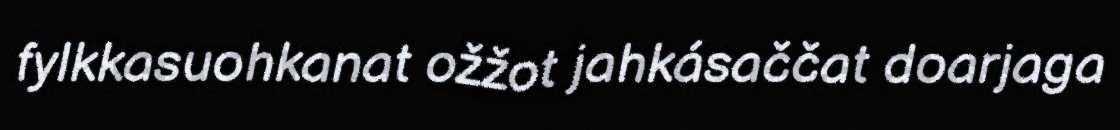
fylkkasuohkanat ožžot jahkásaččat doarjaga